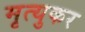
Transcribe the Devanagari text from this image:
मृत्युकर